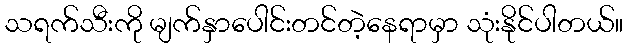
သရက်သီးကို မျက်နှာပေါင်းတင်တဲ့နေရာမှာ သုံးနိုင်ပါတယ်။